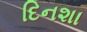
દિનશા